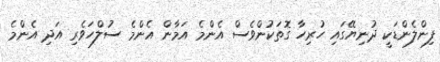
ފިންލެންޑަކީ ދުނިޔޭގައި ހުރިހާ ގޮތަކުންވެސް އެންމެ އަމާން އެންމެ ސުލްހަވެރި އަދި އެންމެ